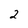
Character: 2